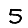
Digit: 5